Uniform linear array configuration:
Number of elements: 32
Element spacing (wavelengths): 1
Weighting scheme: hamming
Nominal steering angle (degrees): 0
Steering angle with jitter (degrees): -1.099
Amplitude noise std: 0.05
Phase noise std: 0.05

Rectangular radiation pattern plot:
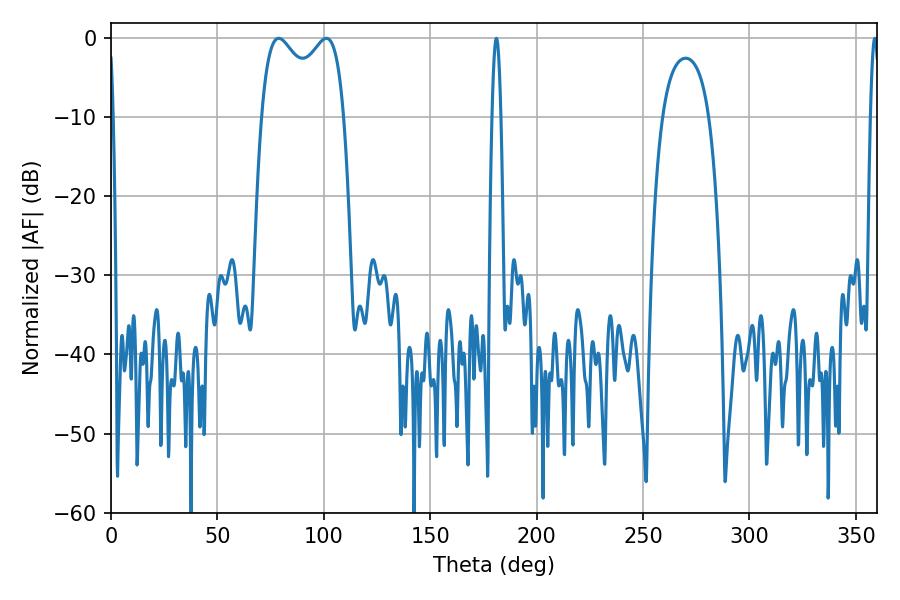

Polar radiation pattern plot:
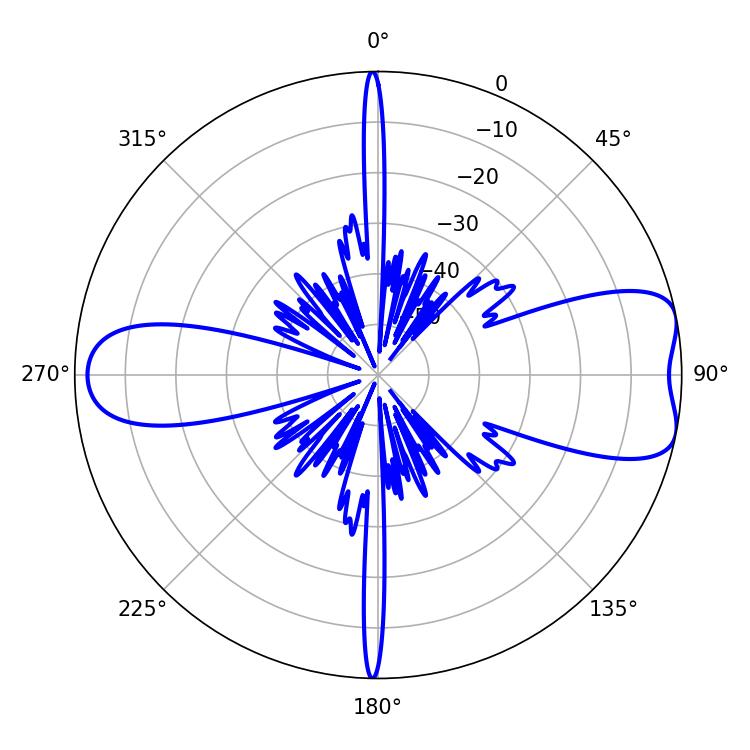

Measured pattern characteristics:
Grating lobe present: TRUE
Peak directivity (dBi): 8.04
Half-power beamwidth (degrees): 32.4
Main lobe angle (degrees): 78.84